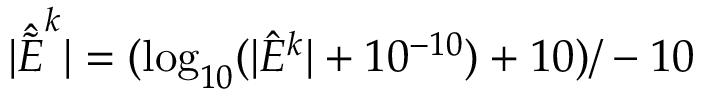
| \hat { \tilde { E } } ^ { k } | = ( \log _ { 1 0 } ( | \hat { E } ^ { k } | + 1 0 ^ { - 1 0 } ) + 1 0 ) / - 1 0